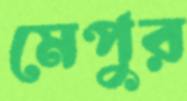
মেপুর